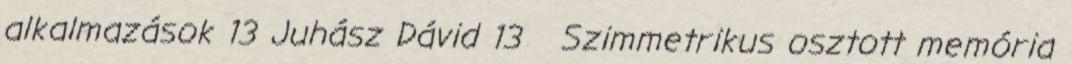
alkalmazások 13 Juhász Dávid 13 Szimmetrikus osztott memória